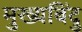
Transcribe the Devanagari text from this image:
मुख्यबिंदु